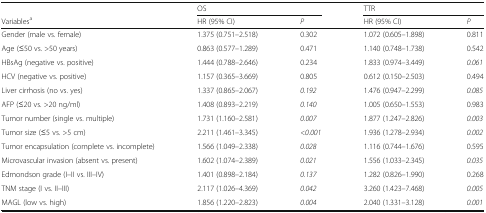
<table><thead><tr><td></td><td colspan="2"><b>OS</b></td><td colspan="2"><b>TTR</b></td></tr><tr><td><b>Variables<sup>a</sup></b></td><td><b>HR (95% CI)</b></td><td><b><i>P</i></b></td><td><b>HR (95% CI)</b></td><td><b><i>P</i></b></td></tr></thead><tbody><tr><td>Gender (male vs. female)</td><td>1.375 (0.751–2.518)</td><td>0.302</td><td>1.072 (0.605–1.898)</td><td>0.811</td></tr><tr><td>Age (≤50 vs. &gt;50 years)</td><td>0.863 (0.577–1.289)</td><td>0.471</td><td>1.140 (0.748–1.738)</td><td>0.542</td></tr><tr><td>HBsAg (negative vs. positive)</td><td>1.444 (0.788–2.646)</td><td>0.234</td><td>1.833 (0.974–3.449)</td><td><i>0.061</i></td></tr><tr><td>HCV (negative vs. positive)</td><td>1.157 (0.365–3.669)</td><td>0.805</td><td>0.612 (0.150–2.503)</td><td>0.494</td></tr><tr><td>Liver cirrhosis (no vs. yes)</td><td>1.337 (0.865–2.067)</td><td><i>0.192</i></td><td>1.476 (0.947–2.299)</td><td><i>0.085</i></td></tr><tr><td>AFP (≤20 vs. &gt;20 ng/ml)</td><td>1.408 (0.893–2.219)</td><td><i>0.140</i></td><td>1.005 (0.650–1.553)</td><td>0.983</td></tr><tr><td>Tumor number (single vs. multiple)</td><td>1.731 (1.160–2.581)</td><td><i>0.007</i></td><td>1.877 (1.247–2.826)</td><td><i>0.003</i></td></tr><tr><td>Tumor size (≤5 vs. &gt;5 cm)</td><td>2.211 (1.461–3.345)</td><td><i>&lt;0.001</i></td><td>1.936 (1.278–2.934)</td><td><i>0.002</i></td></tr><tr><td>Tumor encapsulation (complete vs. incomplete)</td><td>1.566 (1.049–2.338)</td><td><i>0.028</i></td><td>1.116 (0.744–1.676)</td><td>0.595</td></tr><tr><td>Microvascular invasion (absent vs. present)</td><td>1.602 (1.074–2.389)</td><td><i>0.021</i></td><td>1.556 (1.033–2.345)</td><td><i>0.035</i></td></tr><tr><td>Edmondson grade (I–II vs. III–IV)</td><td>1.401 (0.898–2.184)</td><td><i>0.137</i></td><td>1.282 (0.826–1.990)</td><td>0.268</td></tr><tr><td>TNM stage (I vs. II–III)</td><td>2.117 (1.026–4.369)</td><td><i>0.042</i></td><td>3.260 (1.423–7.468)</td><td><i>0.005</i></td></tr><tr><td>MAGL (low vs. high)</td><td>1.856 (1.220–2.823)</td><td><i>0.004</i></td><td>2.040 (1.331–3.128)</td><td><i>0.001</i></td></tr></tbody></table>